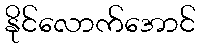
နိုင်လောက်အောင်